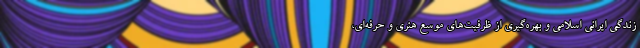
زندگی ایرانی اسلامی و بهره‌گیری از ظرفیت‌های موسع هنری و حرفه‌ای،